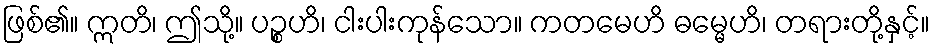
ဖြစ်၏။ ဣတိ၊ ဤသို့။ ပဉ္စဟိ၊ ငါးပါးကုန်သော။ ကတမေဟိ ဓမ္မေဟိ၊ တရားတို့နှင့်။